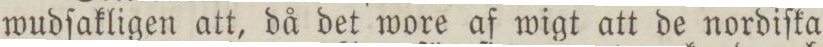
wudſakligen att, då det wore af wigt att de nordiſka